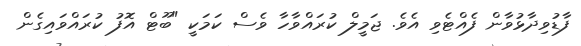
ފާޑުވިދާޅުވާން ފެއްޓެވި އެވެ. ޖަމީލް ކުރައްވާހާ ވެސް ކަމަކީ "ބޫޓް އޮފު ކުރައްވައިގެން